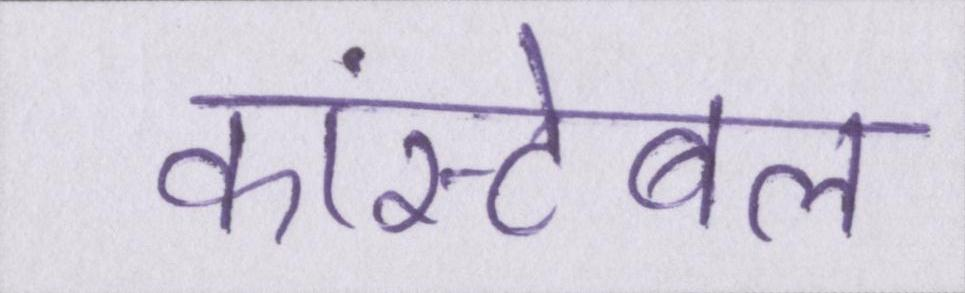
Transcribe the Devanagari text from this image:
कांस्टेबल